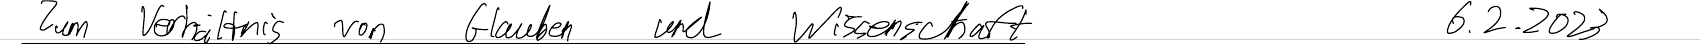
Zum Verhältnis von Glauben und Wissenschaft    6.2.2023